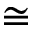
\cong